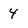
Character: 4